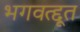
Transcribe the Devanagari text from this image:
भगवत्द्दूत